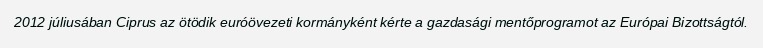
2012 júliusában Ciprus az ötödik euróövezeti kormányként kérte a gazdasági mentőprogramot az Európai Bizottságtól.